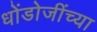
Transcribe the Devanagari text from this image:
धोंडोजींच्या